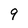
Character: 9